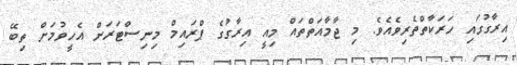
އިރާގުގައި ހަރަކާތްތެރިވެއެވެ. މި ޖާމާއަތްތައް މިއީ އިރާގުގެ ޕްރައިމް މިނިސްޓަރަށް އެހީވުމަށް ތިބޭ